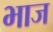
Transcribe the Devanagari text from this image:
भाज